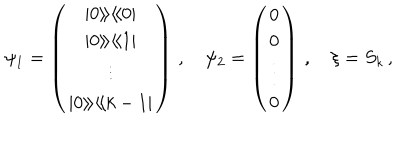
LaTeX: \psi _ { 1 } = \left( \begin{array} { c } { { | 0 \rangle \! \rangle \langle \! \langle 0 | } } \\ { { | 0 \rangle \! \rangle \langle \! \langle 1 | } } \\ { { \vdots } } \\ { { | 0 \rangle \! \rangle \langle \! \langle k - 1 | } } \\ \end{array} \right) \, , \quad \psi _ { 2 } = \left( \begin{array} { c } { { 0 } } \\ { { 0 } } \\ { { \vdots } } \\ { { 0 } } \\ \end{array} \right) \, , \quad \xi = S _ { k } \, ,